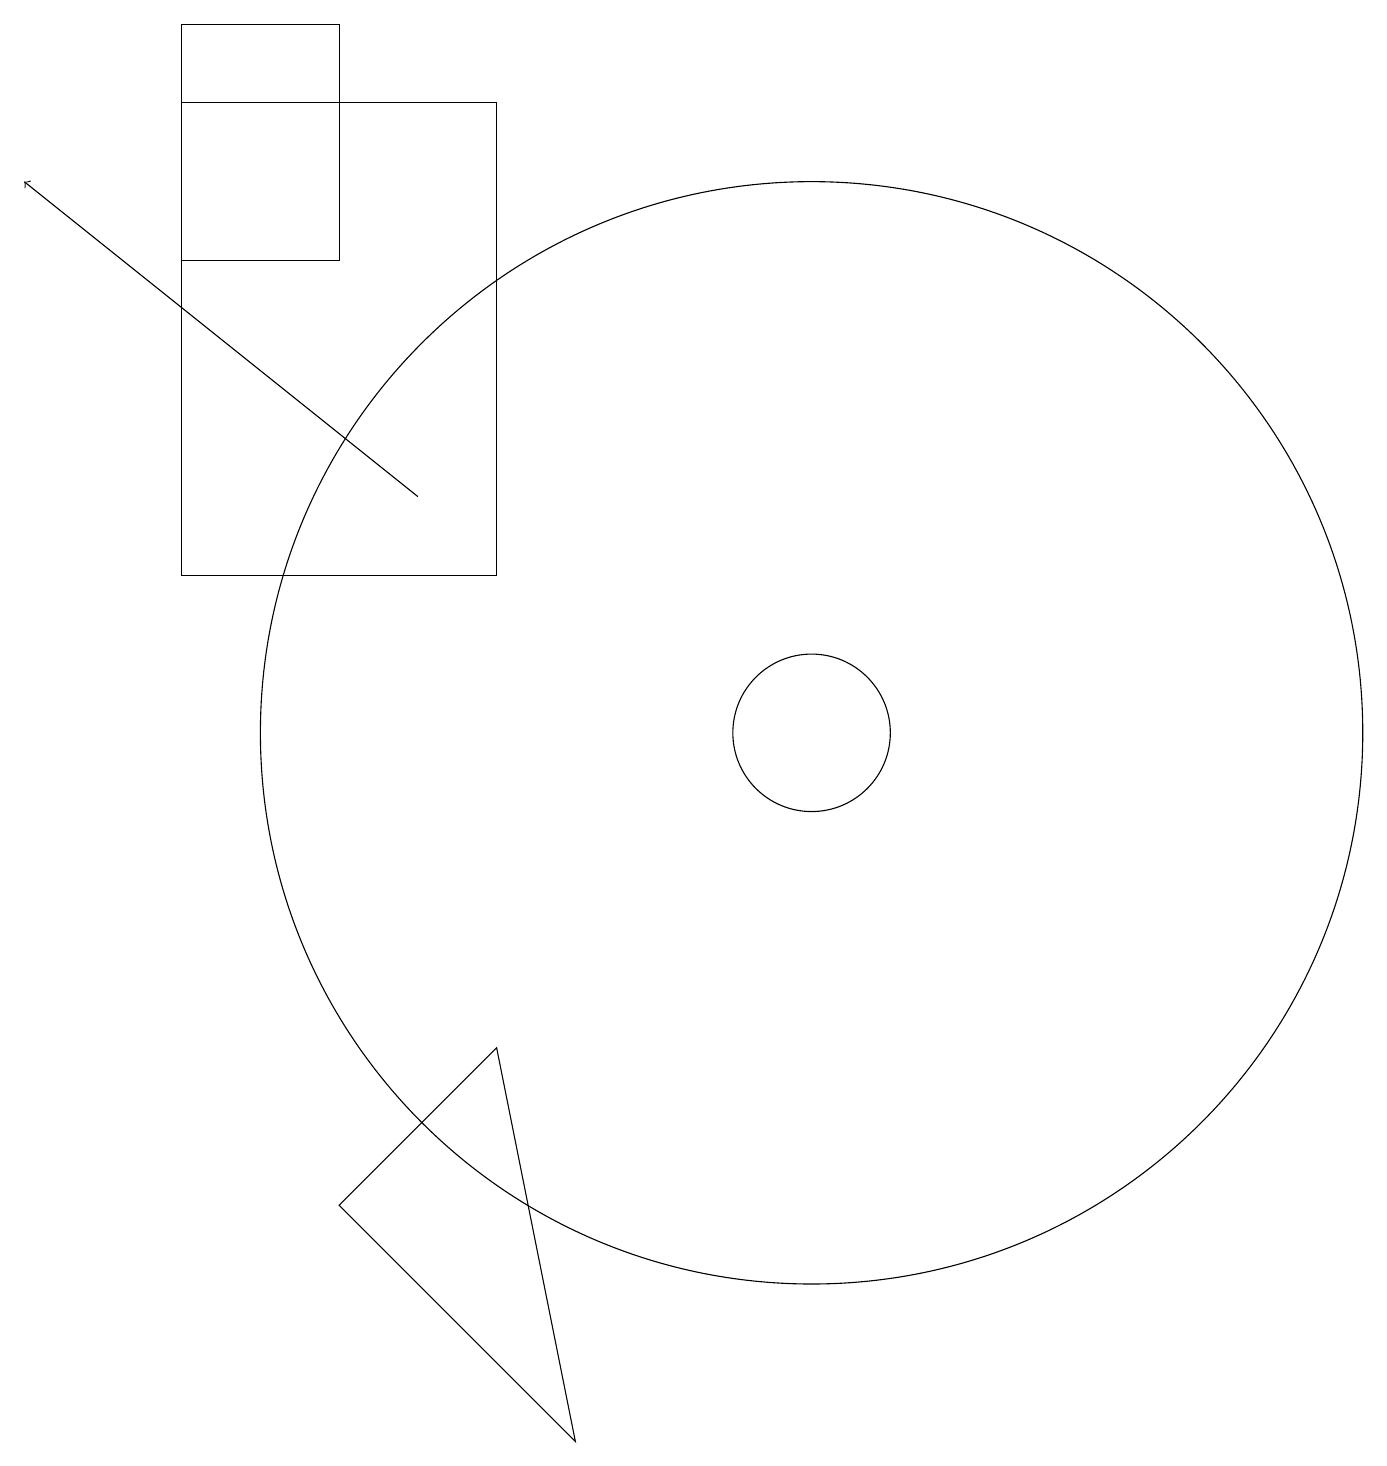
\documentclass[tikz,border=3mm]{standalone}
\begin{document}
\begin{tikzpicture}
\draw (11,10) circle (7);
\draw (11,10) circle (1);
\draw (12,10) circle (0);
\draw (11,10) circle (0);
\draw (8,1) -- (5,4) -- (7,6) -- cycle;
\draw[->] (6,13) -- (1,17);
\draw (5,16) rectangle (3,19);
\draw (3,12) rectangle (7,18);
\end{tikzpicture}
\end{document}